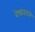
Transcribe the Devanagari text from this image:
वेषांतराने